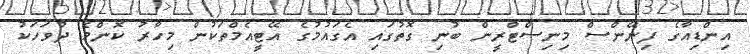
އިންޑިއާގެ ފިނޭންސް މިނިސްޓްރީން ބުނި ގޮތުގައި އެގައުމުގެ އޭޓީއެމްތަކުން މިހާރު ކޮންމެ ދުވަހަކު